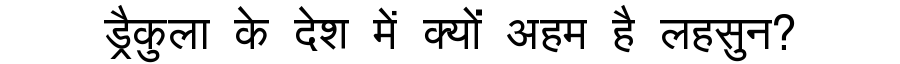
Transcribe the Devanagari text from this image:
ड्रैकुला के देश में क्यों अहम है लहसुन?